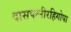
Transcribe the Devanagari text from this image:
दासपत्नीरहिगोपा